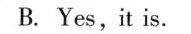
B. Yes,it is. ( )